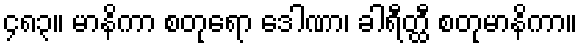
၄၈၃။ မာနိကာ စတုရော ဒေါဏာ၊ ခါရီတ္ထီ စတုမာနိကာ။